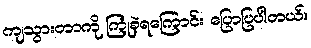
ကျသွားတာကို ကြုံခဲ့ရကြောင်း ပြောပြပါတယ်။